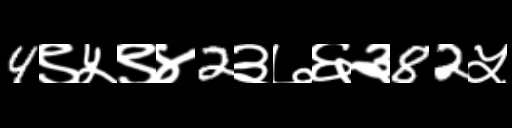
Text: 4९५९४2३७६३82५